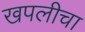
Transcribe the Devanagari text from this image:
खपलीचा